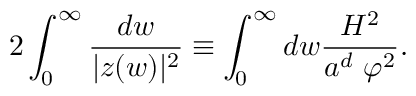
2 \int _ { 0 } ^ { \infty } \frac { d w } { | z ( w ) | ^ { 2 } } \equiv \int _ { 0 } ^ { \infty } d w \frac { { \cal H } ^ { 2 } } { a ^ { d } ~ \varphi ^ { 2 } } .